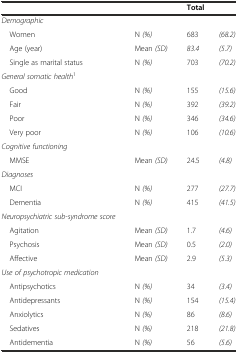
<table><thead><tr><td colspan="2"></td><td colspan="2"><b>Total</b></td></tr></thead><tbody><tr><td colspan="2"><i>Demographic</i></td><td></td><td></td></tr><tr><td> Women</td><td>N <i>(%)</i></td><td>683</td><td><i>(68.2)</i></td></tr><tr><td> Age (year)</td><td>Mean <i>(SD)</i></td><td><i>83.4</i></td><td><i>(5.7)</i></td></tr><tr><td> Single as marital status</td><td>N <i>(%)</i></td><td>703</td><td><i>(70.2)</i></td></tr><tr><td><i>General somatic health</i><sup>1</sup></td><td></td><td></td><td></td></tr><tr><td> Good</td><td>N <i>(%)</i></td><td>155</td><td><i>(15.6)</i></td></tr><tr><td> Fair</td><td>N <i>(%)</i></td><td>392</td><td><i>(39.2)</i></td></tr><tr><td> Poor</td><td>N <i>(%)</i></td><td>346</td><td><i>(34.6)</i></td></tr><tr><td> Very poor</td><td>N <i>(%)</i></td><td>106</td><td><i>(10.6)</i></td></tr><tr><td><i>Cognitive functioning</i></td><td></td><td></td><td></td></tr><tr><td> MMSE</td><td>Mean <i>(SD)</i></td><td>24.5</td><td><i>(4.8)</i></td></tr><tr><td><i>Diagnoses</i></td><td></td><td></td><td></td></tr><tr><td> MCI</td><td>N <i>(%)</i></td><td>277</td><td><i>(27.7)</i></td></tr><tr><td> Dementia</td><td>N <i>(%)</i></td><td>415</td><td><i>(41.5)</i></td></tr><tr><td><i>Neuropsychiatric sub-syndrome score</i></td><td></td><td></td><td></td></tr><tr><td> Agitation</td><td>Mean <i>(SD)</i></td><td>1.7</td><td><i>(4.6)</i></td></tr><tr><td> Psychosis</td><td>Mean <i>(SD)</i></td><td>0.5</td><td><i>(2.0)</i></td></tr><tr><td> Affective</td><td>Mean <i>(SD)</i></td><td>2.9</td><td><i>(5.3)</i></td></tr><tr><td><i>Use of psychotropic medication</i></td><td></td><td></td><td></td></tr><tr><td> Antipsychotics</td><td>N <i>(%)</i></td><td>34</td><td><i>(3.4)</i></td></tr><tr><td> Antidepressants</td><td>N <i>(%)</i></td><td>154</td><td><i>(15.4)</i></td></tr><tr><td> Anxiolytics</td><td>N <i>(%)</i></td><td>86</td><td><i>(8.6)</i></td></tr><tr><td> Sedatives</td><td>N <i>(%)</i></td><td>218</td><td><i>(21.8)</i></td></tr><tr><td> Antidementia</td><td>N <i>(%)</i></td><td>56</td><td><i>(5.6)</i></td></tr></tbody></table>